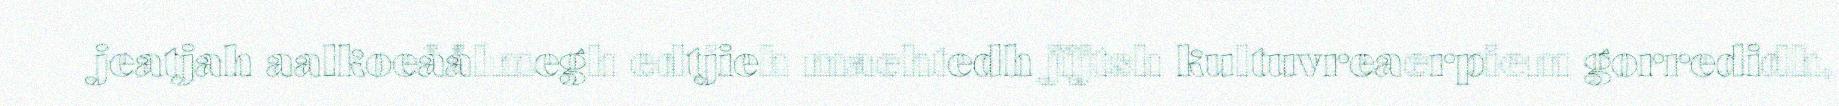
jeatjah aalkoeåålmegh edtjieh maehtedh jïjtsh kultuvreaerpiem gorredidh,